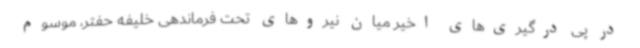
در پی درگیری‌های اخیر میان نیروهای تحت فرماندهی خلیفه حفتر، موسوم